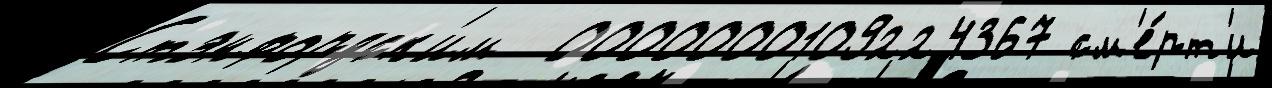
Стэнфордск'им  0000000109224367 см'е́рт'и